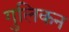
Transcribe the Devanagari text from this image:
गुलिकन